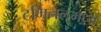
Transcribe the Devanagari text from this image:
टर्मिनलमध्ये